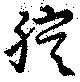
腔